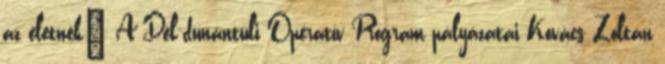
az életnek” A Dél-dunántúli Operatív Program pályázatai Kovács Zoltán